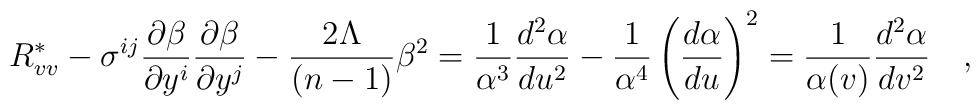
R_{vv}^\ast -{\sigma}^{ij}\frac {\partial \beta}{\partial y^i}\frac{\partial\beta}{\partial y^j} - \frac{2\Lambda}{(n-1)}\beta^2 = \frac{1}{\alpha^3}\frac{d^2\alpha}{du^2}-\frac{1}{\alpha^4}\left ( \frac{d\alpha}{du}\right )^2=\frac{1}{\alpha(v)}\frac{d^2\alpha}{dv^2}\quad ,